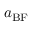
a _ { \mathrm { B F } }